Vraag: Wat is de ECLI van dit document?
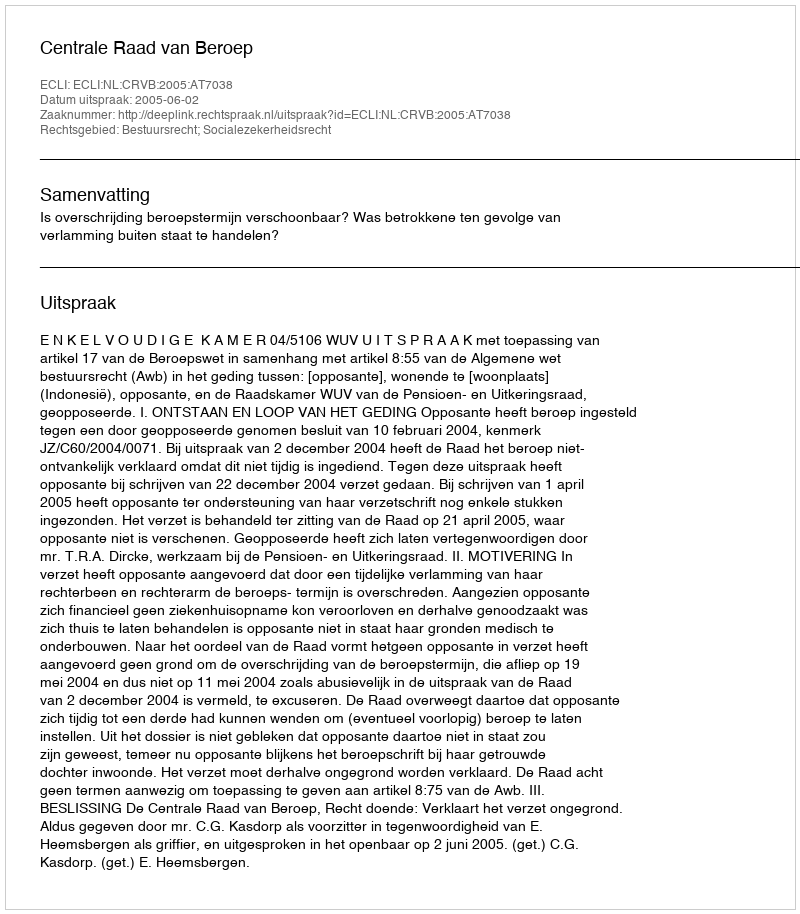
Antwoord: ECLI:NL:CRVB:2005:AT7038